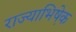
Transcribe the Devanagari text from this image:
राज्याभिषे़क